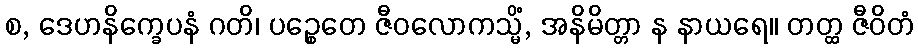
စ, ဒေဟနိက္ခေပနံ ဂတိ၊ ပဉ္စေတေ ဇီဝလောကသ္မိံ, အနိမိတ္တာ န နာယရေ။ တတ္ထ ဇီဝိတံ